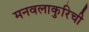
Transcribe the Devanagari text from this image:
मनवलाकुरिची